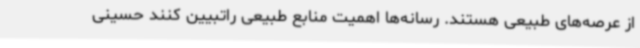
از عرصه‌های طبیعی هستند. رسانه‌ها اهمیت منابع طبیعی راتبیین کنند حسینی